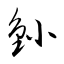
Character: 釥